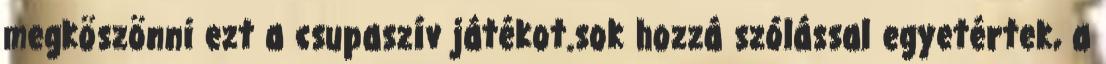
megköszönni ezt a csupaszív játékot.sok hozzá szólással egyetértek, a